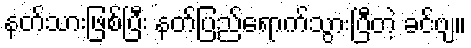
နတ်သားဖြစ်ပြီး နတ်ပြည်ရောက်သွားပြီတဲ့ ခင်ဗျ။